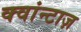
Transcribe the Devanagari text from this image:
क्वांन्टाज़